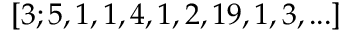
[ 3 ; 5 , 1 , 1 , 4 , 1 , 2 , 1 9 , 1 , 3 , . . . ]